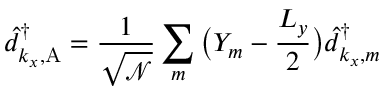
\hat { d } _ { k _ { x } , \mathrm { A } } ^ { \dagger } = \frac { 1 } { \sqrt { \mathcal { N } } } \sum _ { m } \big ( Y _ { m } - \frac { L _ { y } } { 2 } \big ) \hat { d } _ { k _ { x } , m } ^ { \dagger }